Madras plague regulations and rules for district municipalities and other towns and villages
Disease focus: Plague
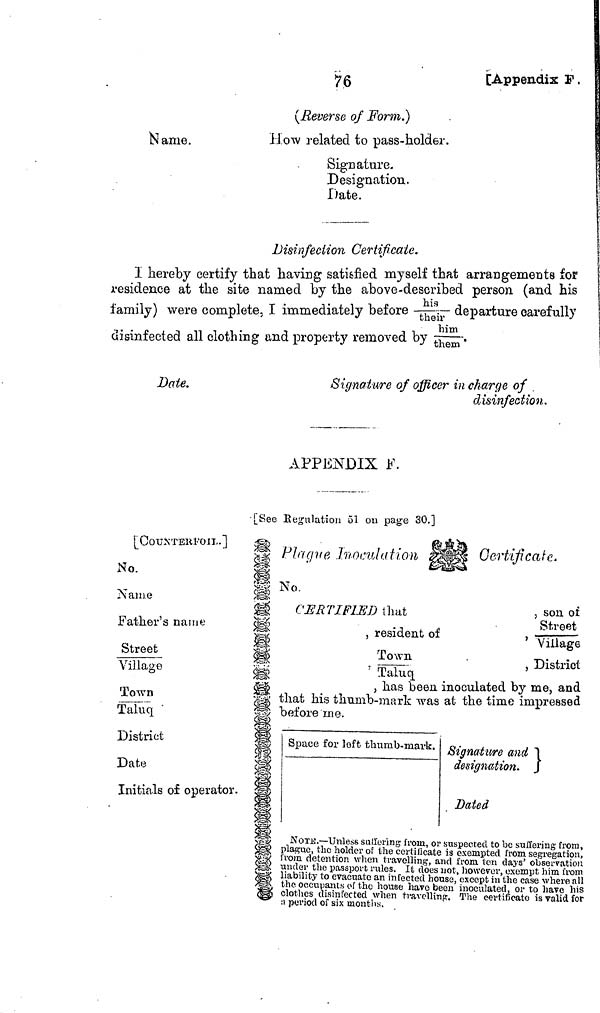
76
[Appendix F.
(Reverse of Form.)
Name.
How related to pass-holder.
Signature.
Designation.
Date.
Disinfection Certificate.
I hereby certify that having satisfied myself that arrangements for
residence at the site named by the above-described person (and his
family) were complete. I immediately before his/their departure carefully
, him
disinfected all clothing and property removed by them.
Date.
Signature of officer in charge of ,
disinfection.
APPENDIX F.
[See Regulation 51 on page 30.]
[COUNTERFOIL. ]
No.
Name
Father's name
Street
Village
Town
Taluq
District
Date
Initials of operator.
Plague Inoculation
No.
CERTIFIED that
, resident of
Town
: Taluq
Certificate.
, son of
Street
' Village
, District
, has been, inoculated by me, and
that his thumb-mark was at the time impressed
before me.
Space for left thumb-mark. Signature and
designation.
Dated
NOTE.—Unless suffering from, or suspected to be suffering from,
plague, the holder of the certificate is exempted from segregation,
from detention when travelling and from ten days' observation
under the passport rules. It does not, however, exempt him from
liability to evacuate an infected house, except in the case where all
the occupants of the house have been inoculated, or to have his clothes
disinfected when travelling. The certificate is valid for
a period of six months.